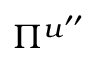
\Pi ^ { u ^ { \prime \prime } }